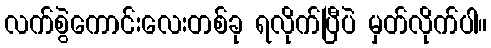
လက်စွဲကောင်းလေးတစ်ခု ရလိုက်ပြီပဲ မှတ်လိုက်ပါ။